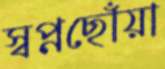
স্বপ্নছোঁয়া